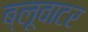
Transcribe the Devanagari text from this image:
ब्लूवाटर